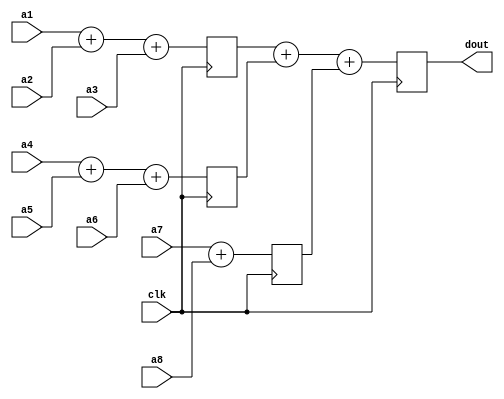
module cal_addtree_int18_x8
(
	input clk,
	input signed [17:0] a1,
	input signed [17:0] a2,
	input signed [17:0] a3,
	input signed [17:0] a4,
	input signed [17:0] a5,
	input signed [17:0] a6,
	input signed [17:0] a7,
	input signed [17:0] a8,
	output reg signed [17:0] dout
);
	wire signed [17:0]a1_d1;
	wire signed [17:0]a2_d1;
	wire signed [17:0]a3_d1;
	wire signed [17:0]a4_d1;
	wire signed [17:0]a5_d1;
	wire signed [17:0]a6_d1;
	wire signed [17:0]a7_d1;
	wire signed [17:0]a8_d1;
	
	reg signed [17:0]b1_d2;
	reg signed [17:0]b2_d2;
	reg signed [17:0]b3_d2;
	
	assign a1_d1=a1;
	assign a2_d1=a2;
	assign a3_d1=a3;
	assign a4_d1=a4;
	assign a5_d1=a5;
	assign a6_d1=a6;
	assign a7_d1=a7;
	assign a8_d1=a8;
	
	always@(posedge clk) begin
		b1_d2<=a1_d1+a2_d1+a3_d1;
		b2_d2<=a4_d1+a5_d1+a6_d1;
		b3_d2<=a7_d1+a8_d1;
		
		dout<=b1_d2+b2_d2+b3_d2;
	end
endmodule